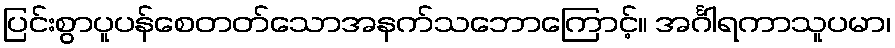
ပြင်းစွာပူပန်စေတတ်သောအနက်သဘောကြောင့်။ အင်္ဂါရကာသူပမာ၊